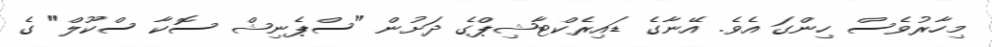
މިހާރުވެސް ހިންގަ އެވެ. އޭނާގެ ޑައިރެކްޓާޝިޕްގެ ދަށުން "ސްޕެނިޝް ސޮކާ ސްކޫލް" ގެ